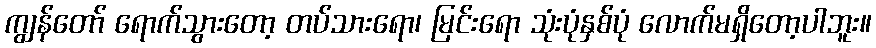
ကျွန်တော် ရောက်သွားတော့ တပ်သားရော၊ မြင်းရော သုံးပုံနှစ်ပုံ လောက်မရှိတော့ပါဘူး။